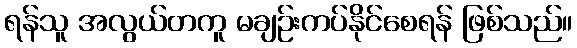
ရန်သူ အလွယ်တကူ မချဉ်းကပ်နိုင်စေရန် ဖြစ်သည်။